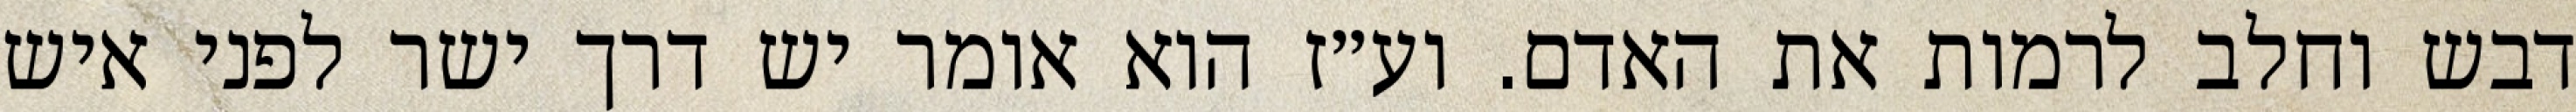
דבש וחלב לרמות את האדם. וע״ז הוא אומר יש דרך ישר לפני איש